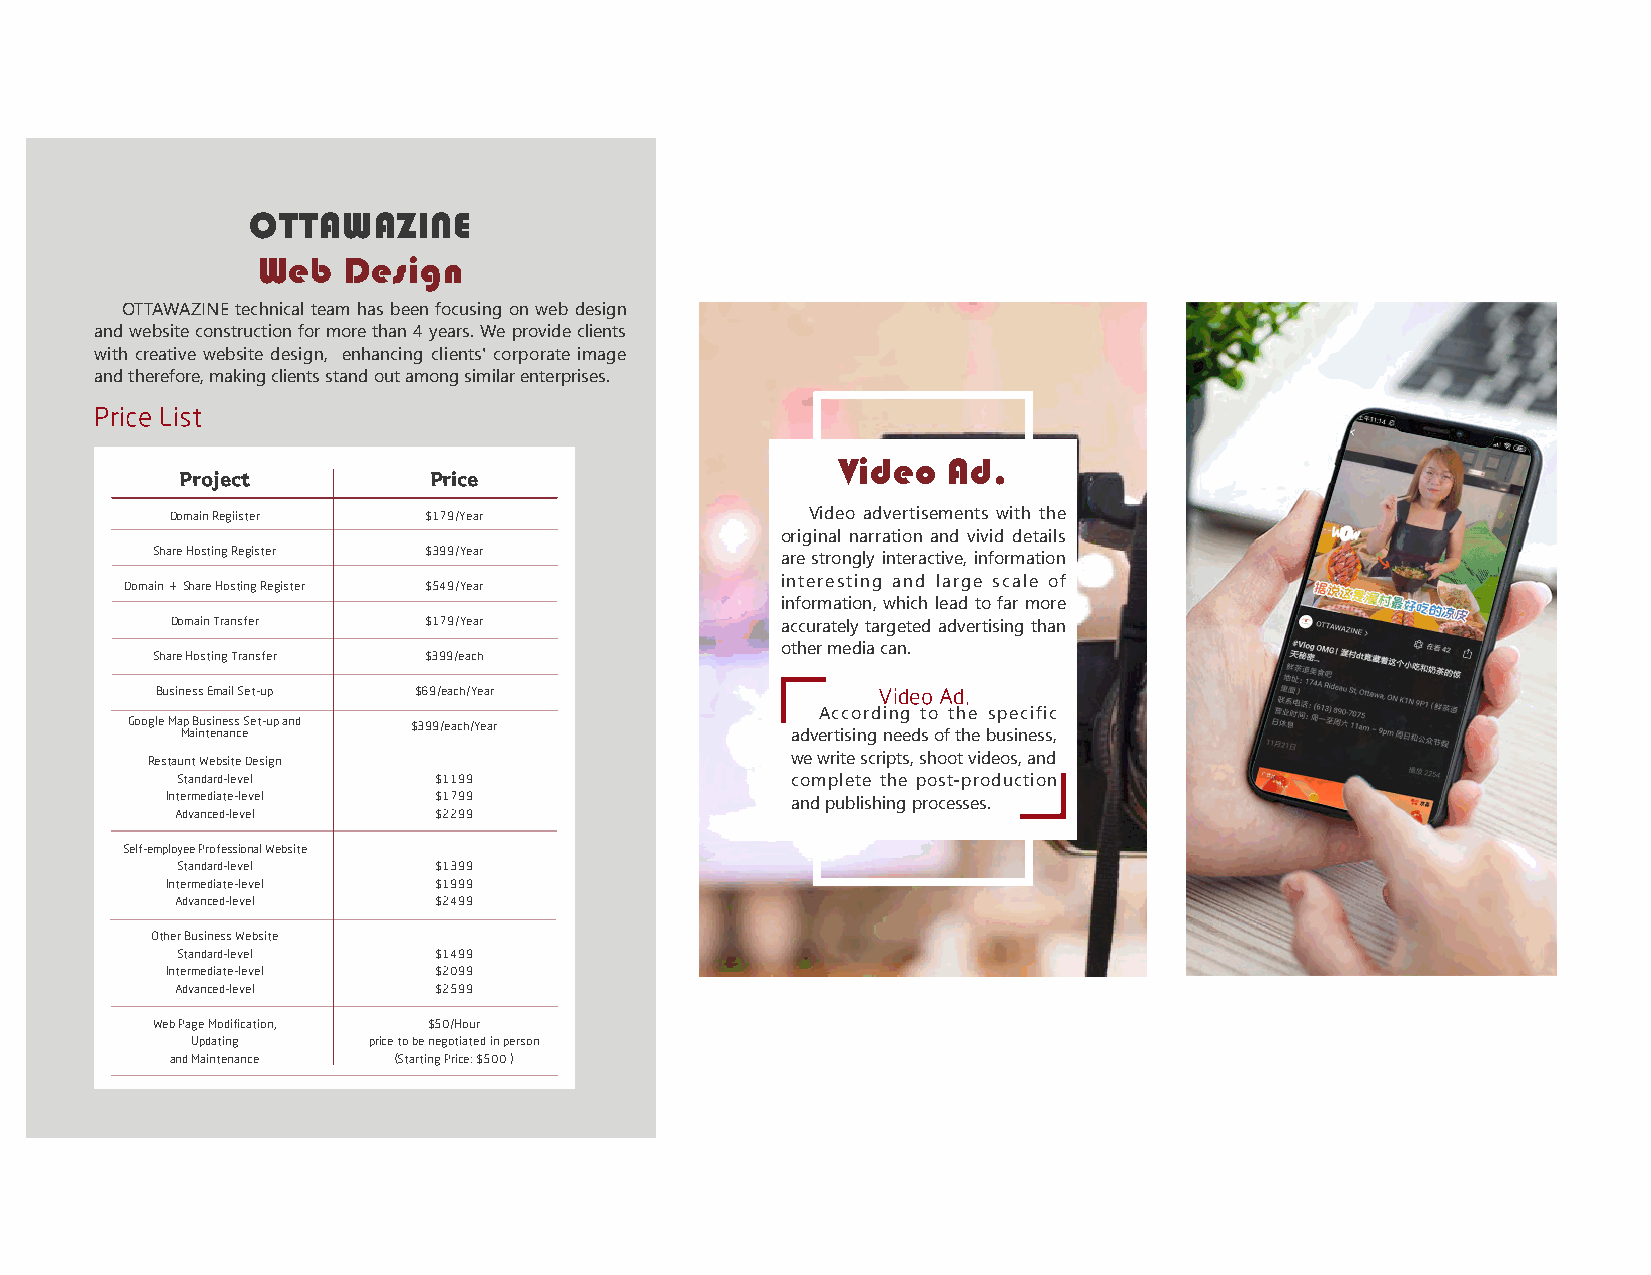
OTTAWAZINE
 Web   Design
 OTTAWAZINE technical team has been focusing on web design
 and website construction for more than 4 years. We provide clients
 with creative website design, enhancing clients' corporate image
 and therefore, making clients stand out among similar enterprises.
 Price List
 Video   Ad.
 Project         Price
 Domain Regiister $179/Year                 Video advertisements with the
 original narration and vivid details
 Share Hosting Register $399/Year
 are strongly interactive, information
 Domain＋Share Hosting Register $549/Year     interesting and large scale of
 information, which lead to far more
 Domain Transfer  $179/Year               accurately targeted advertising than
 other media can.
 Share Hosting Transfer $399/each
 Business Email Set-up $69/each/Year             Video Ad.
 According to the specific
 Google Ma Mp aB inu ts ein ne as ns c eSet-up and $399/each/Year advertising needs of the business,
 Restaunt Website Design                   we write scripts, shoot videos, and
 Standard-level   $1199                  complete the post-production
 Intermediate-level $1799
 and publishing processes.
 Advanced-level   $2299
 Self-employee Professional Website
 Standard-level   $1399
 Intermediate-level $1999
 Advanced-level   $2499
 Other Business Website
 Standard-level   $1499
 Intermediate-level $2099
 Advanced-level   $2599
 Web Page Modification, $50/Hour
 Updating   price to be negotiated in person
 and Maintenance （Starting Price: $500 ）